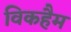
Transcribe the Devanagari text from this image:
विकहैम